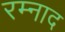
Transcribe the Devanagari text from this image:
रम्नाद